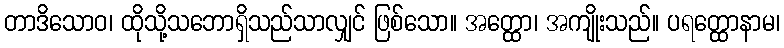
တာဒိသောဝ၊ ထိုသို့သဘောရှိသည်သာလျှင် ဖြစ်သော။ အတ္ထော၊ အကျိုးသည်။ ပရတ္ထောနာမ၊